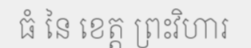
ធំ នៃ ខេត្ត ព្រះវិហារ